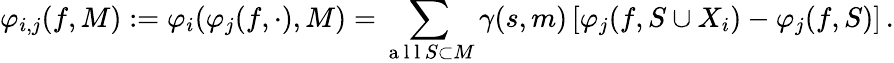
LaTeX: \varphi_{i,j}(f,M):=\varphi_{i}(\varphi_{j}(f,\cdot),M)=\sum_{\mathrm{~a~l~l~}S\subset M}\gamma(s,m)\left[\varphi_{j}(f,S\cup X_{i})-\varphi_{j}(f,S)\right]\, .